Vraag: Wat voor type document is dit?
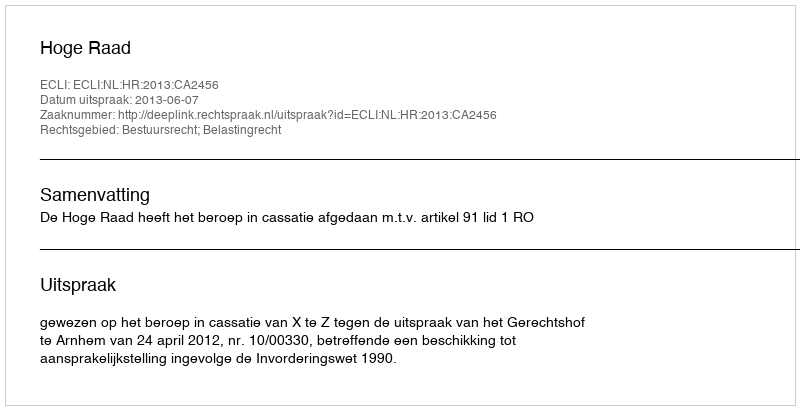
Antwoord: Uitspraak